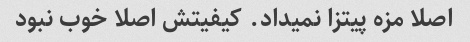
اصلا مزه پیتزا نمیداد. کیفیتش اصلا خوب نبود